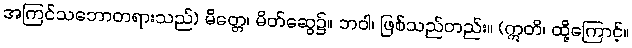
အကြင်သဘောတရားသည်) မိတ္တေ၊ မိတ်ဆွေ၌။ ဘဝါ၊ ဖြစ်သည်တည်း။ (ဣတိ၊ ထို့ကြောင့်။